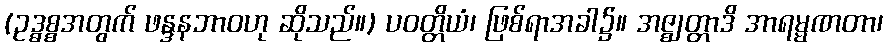
(ဥဒ္ဓစ္စအတွက် ဖန္ဒနဘာဝဟု ဆိုသည်။) ပဝတ္တိယံ၊ ဖြစ်ရာအခါ၌။ အဇ္ဈတ္တာဒိ အာရမ္မဏတာ၊